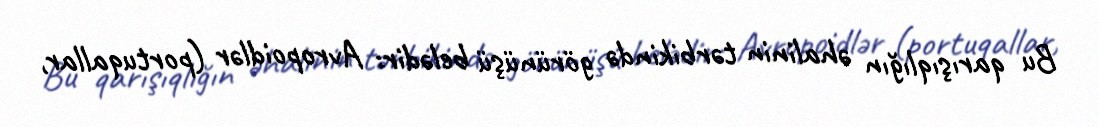
Bu qarışıqlığın əhalinin tərbikində görünüşü belədir: Avropoidlər (portuqallar,